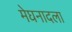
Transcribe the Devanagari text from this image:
मेघनादला